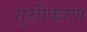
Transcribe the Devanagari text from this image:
सूस्रीकरण